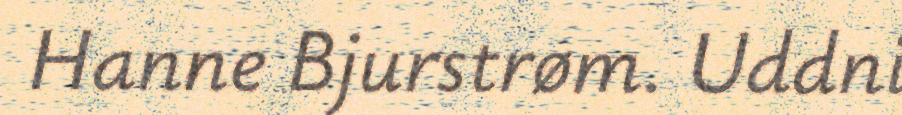
Hanne Bjurstrøm. Uddni